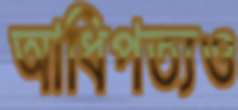
আধিপত্যও